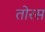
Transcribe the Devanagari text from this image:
तोरस